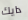
دايك